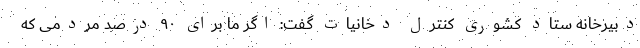
دبیرخانه ستاد کشوری کنترل دخانیات گفت: اگر ما برای ۹۰ درصد مردمی که